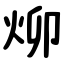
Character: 㶯